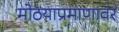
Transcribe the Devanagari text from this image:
मोठयाप्रमाणावर